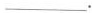
___.